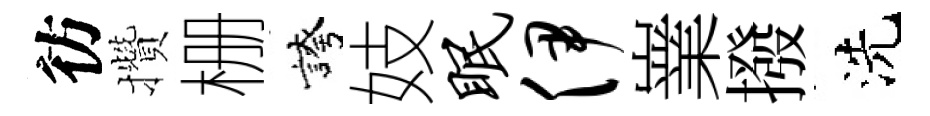
彷攢栅誇妓眠伊嶪撥洗